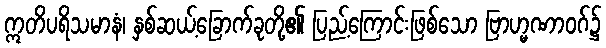
ဣတိပရိသမာနံ၊ နှစ်ဆယ့်ခြောက်ခုတို့၏ ပြည့်ကြောင်းဖြစ်သော ဗြာဟ္မဏာဝဂ်၌